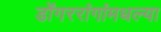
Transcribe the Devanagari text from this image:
डोंगररांगांमधल्या